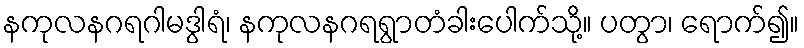
နကုလနဂရဂါမဒွါရံ၊ နကုလနဂရရွာတံခါးပေါက်သို့။ ပတွာ၊ ရောက်၍။